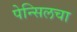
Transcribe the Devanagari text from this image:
पेन्सिलचा